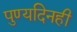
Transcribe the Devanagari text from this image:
पुण्यदिनही